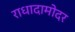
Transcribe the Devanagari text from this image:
राधादामोदर